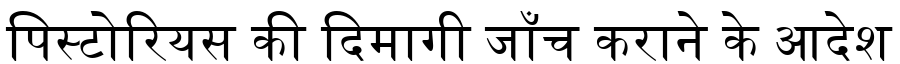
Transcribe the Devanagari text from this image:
पिस्टोरियस की दिमागी जाँच कराने के आदेश